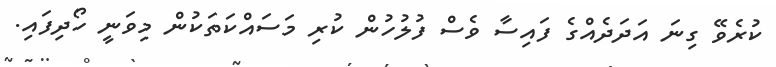
ކުރެވޭ ގިނަ އަދަދެއްގެ ފައިސާ ވެސް ފުލުހުން ކުރި މަސައްކަތަކުން މިވަނީ ހޯދިފައި.